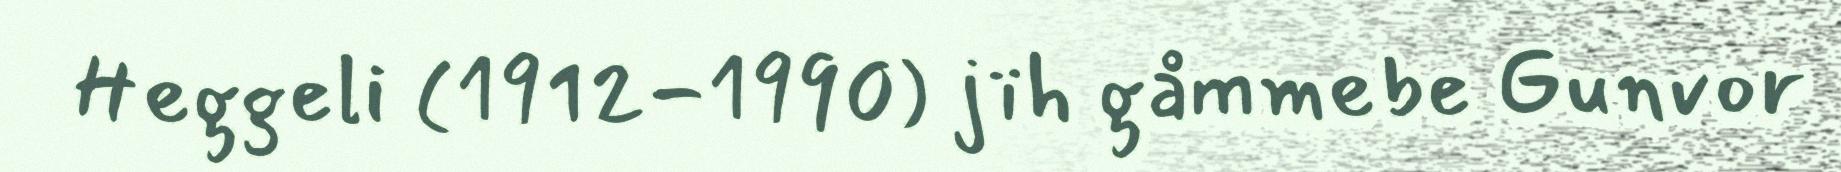
Heggeli (1912-1990) jïh gåmmebe Gunvor